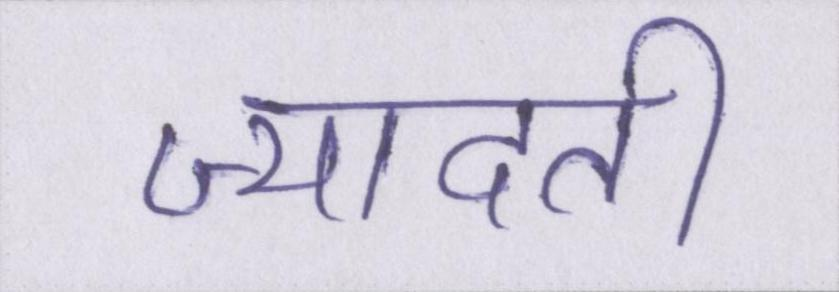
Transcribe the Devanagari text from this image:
ज्यादती